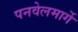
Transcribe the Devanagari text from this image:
पनवेलमार्गे